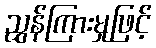
ညွှန်ကြားမှုဖြင့်